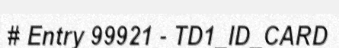
# Entry 99921 - TD1_ID_CARD